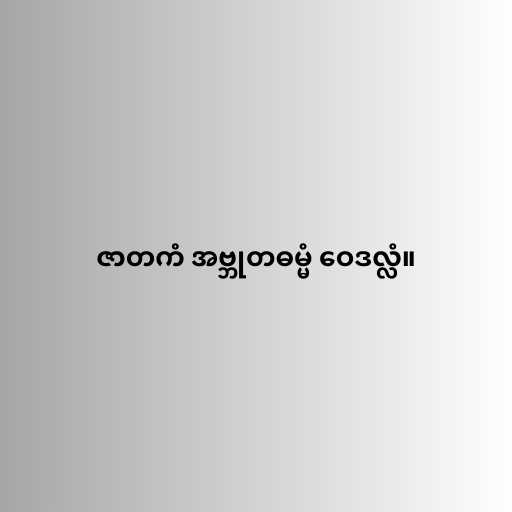
ဇာတကံ အဗ္ဘုတဓမ္မံ ဝေဒလ္လံ။